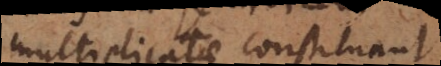
multiplicatae constituant